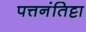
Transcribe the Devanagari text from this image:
पत्तनंतिट्टा